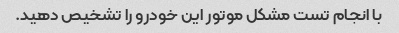
با انجام تست مشکل موتور این خودرو را تشخیص دهید.